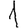
Digit: 1